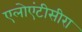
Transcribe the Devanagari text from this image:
एलोएंटीसीरा